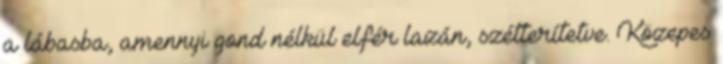
a lábasba, amennyi gond nélkül elfér lazán, szétterítetve. Közepes